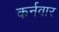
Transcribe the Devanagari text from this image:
कर्नवार